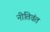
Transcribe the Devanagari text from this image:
नीतिवंत